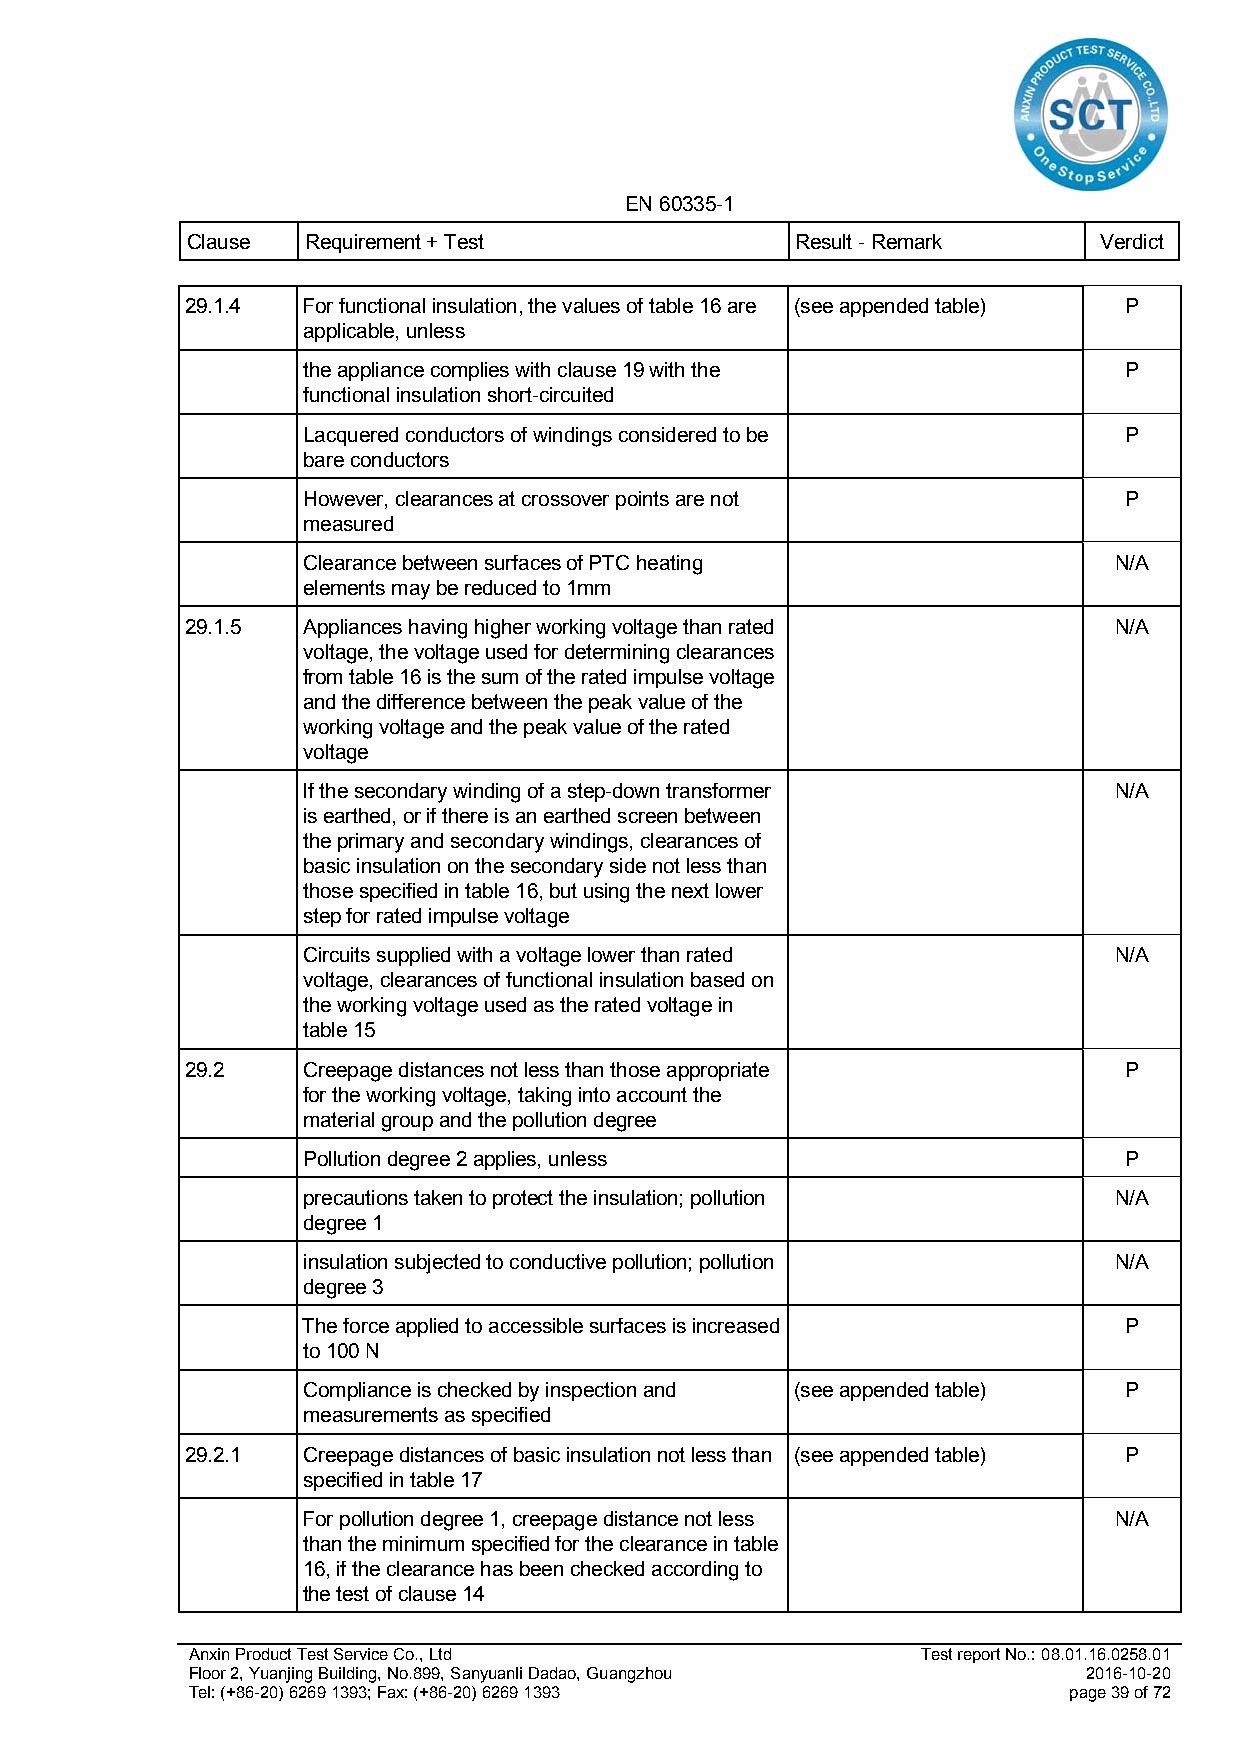
EN 60335-1
 Clause  Requirement + Test               Result - Remark     Verdict
 29.1.4  For functional insulation, the values of table 16 are (see appended table) P
 applicable, unless
 the appliance complies with clause 19 with the        P
 functional insulation short-circuited
 Lacquered conductors of windings considered to be     P
 bare conductors
 However, clearances at crossover points are not       P
 measured
 Clearance between surfaces of PTC heating             N/A
 elements may be reduced to 1mm
 29.1.5  Appliances having higher working voltage than rated   N/A
 voltage, the voltage used for determining clearances
 from table 16 is the sum of the rated impulse voltage
 and the difference between the peak value of the
 working voltage and the peak value of the rated
 voltage
 If the secondary winding of a step-down transformer   N/A
 is earthed, or if there is an earthed screen between
 the primary and secondary windings, clearances of
 basic insulation on the secondary side not less than
 those specified in table 16, but using the next lower
 step for rated impulse voltage
 Circuits supplied with a voltage lower than rated     N/A
 voltage, clearances of functional insulation based on
 the working voltage used as the rated voltage in
 table 15
 29.2    Creepage distances not less than those appropriate    P
 for the working voltage, taking into account the
 material group and the pollution degree
 Pollution degree 2 applies, unless                    P
 precautions taken to protect the insulation; pollution N/A
 degree 1
 insulation subjected to conductive pollution; pollution N/A
 degree 3
 The force applied to accessible surfaces is increased P
 to 100 N
 Compliance is checked by inspection and (see appended table) P
 measurements as specified
 29.2.1  Creepage distances of basic insulation not less than (see appended table) P
 specified in table 17
 For pollution degree 1, creepage distance not less    N/A
 than the minimum specified for the clearance in table
 16, if the clearance has been checked according to
 the test of clause 14
 Anxin Product Test Service Co., Ltd              Test report No.: 08.01.16.0258.01
 Floor 2, Yuanjing Building, No.899, Sanyuanli Dadao, Guangzhou 2016-10-20
 Tel: (+86-20) 6269 1393; Fax: (+86-20) 6269 1393           page 39 of 72